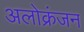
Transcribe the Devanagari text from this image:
अलोक्रंजन